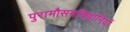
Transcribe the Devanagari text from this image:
पुरामौसमविज्ञानियों